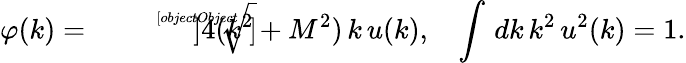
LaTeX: \varphi(k)=\sqrt[[objectObject]]]{4(k^{2}+M^{2})}\, k\, u(k),~~~\int\, dk\, k^{2}\, u^{2}(k)=1.